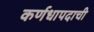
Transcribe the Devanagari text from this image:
कर्णधापदाची